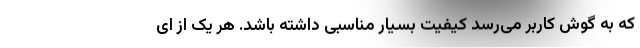
که به گوش کاربر می‌رسد کیفیت بسیار مناسبی داشته باشد. هر یک از ای